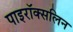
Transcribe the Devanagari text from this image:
पाइरॉक्सलिन